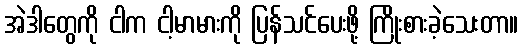
အဲဒါတွေကို ငါက ငါ့မာမားကို ပြန်သင်ပေးဖို့ ကြိုးစားခဲ့သေးတာ။